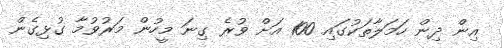
އިން ދިން ހަމަލާތަކުގައި 100 އަށް ވުރެ ގިނަ މީހުން މަރުވުމާ ގުޅިގެން